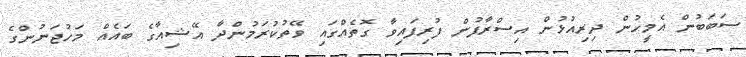
ސަބަބުން އެމީހުން ދިރިއުޅުން އިސްރާފުން ފުރިފައިވާ ގޮތެއްގައި ވޭތުކުރަމުންދާ އޭޝިއާގެ ބައެއް މަހުޖަނުންގެ